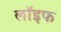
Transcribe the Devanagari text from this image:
लॉइफ